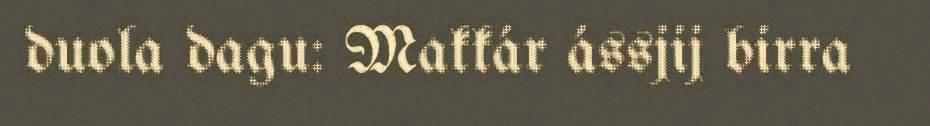
duola dagu: Makkár ássjij birra